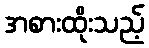
အစားထိုးသည့်